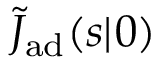
\tilde { J } _ { \mathrm { { a d } } } ( s | \r _ { 0 } )